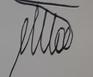
Signature authenticity: genuine